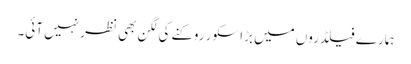
ہمارے فیلڈروں میں بڑا سکور روکنے کی لگن بھی نظر نہیں آئی۔